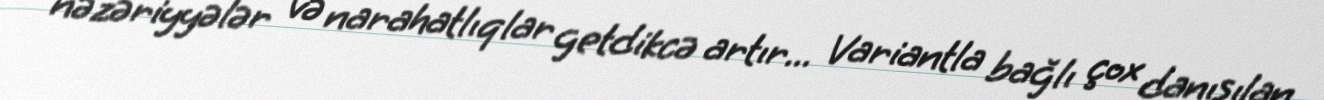
nəzəriyyələr və narahatlıqlar getdikcə artır... Variantla bağlı çox danışılan